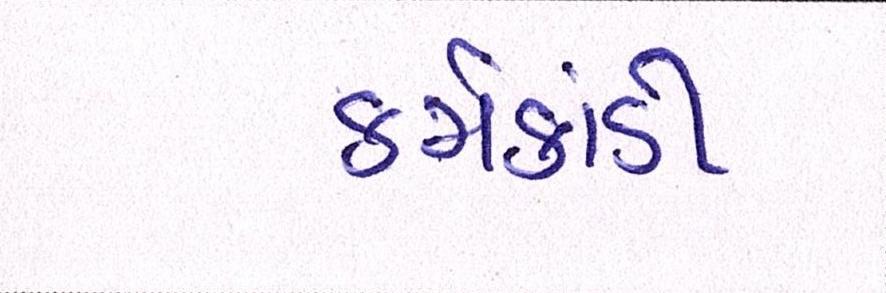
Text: કર્મકાંડી